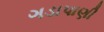
ગડાપાણી